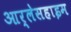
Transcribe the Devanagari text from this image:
आर्लेसहाइम